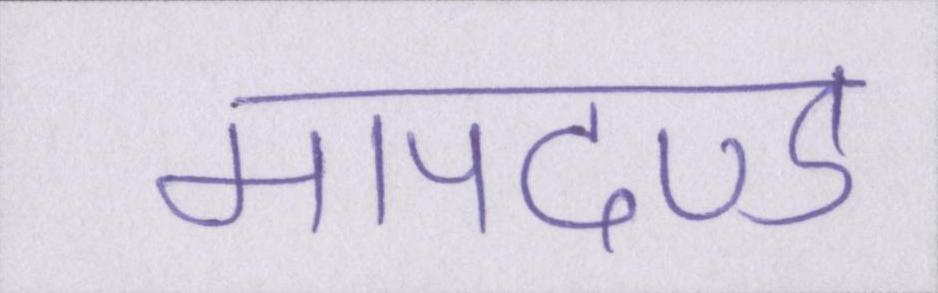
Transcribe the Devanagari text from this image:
मापदण्ड